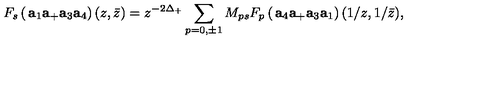
F _ { s } \left( \begin{matrix} { { \bf a } _ { 1 } { \bf a } _ { + } } \\ { { \bf a } _ { 3 } { \bf a } _ { 4 } } \\ \end{matrix} \right) ( z , \bar { z } ) = z ^ { - 2 \Delta _ { + } } \sum _ { p = 0 , \pm 1 } M _ { p s } F _ { p } \left( \begin{matrix} { { \bf a } _ { 4 } { \bf a } _ { + } } \\ { { \bf a } _ { 3 } { \bf a } _ { 1 } } \\ \end{matrix} \right) ( 1 / z , 1 / \bar { z } ) ,